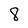
Character: 8